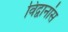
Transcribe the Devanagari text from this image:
विद्वानांस